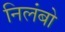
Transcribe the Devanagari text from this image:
निलंबो